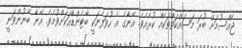
ޖެއްސުމަށް ބުރަ މަސައްކަތްތަކެއް ކުރެއެވެ. އޭނާގެ އެ ހުވަފެނަކީ ބާޓެންޑާއަކަށްވުމެވެ. އޭނާ ބޭނުންވަނީ